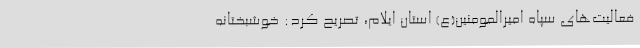
فعالیت‌های سپاه امیرالمومنین(ع) استان ایلام، تصریح کرد: خوشبختانه